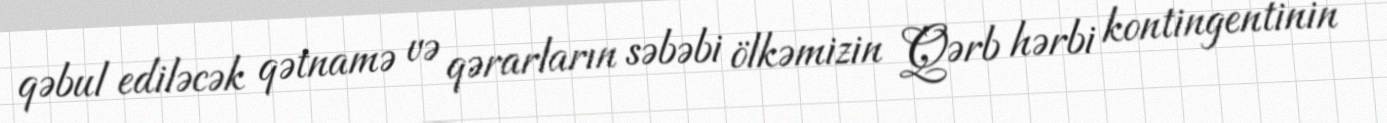
qəbul ediləcək qətnamə və qərarların səbəbi ölkəmizin Qərb hərbi kontingentinin